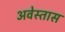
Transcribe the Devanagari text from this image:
अवेस्तास